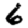
Digit: 6